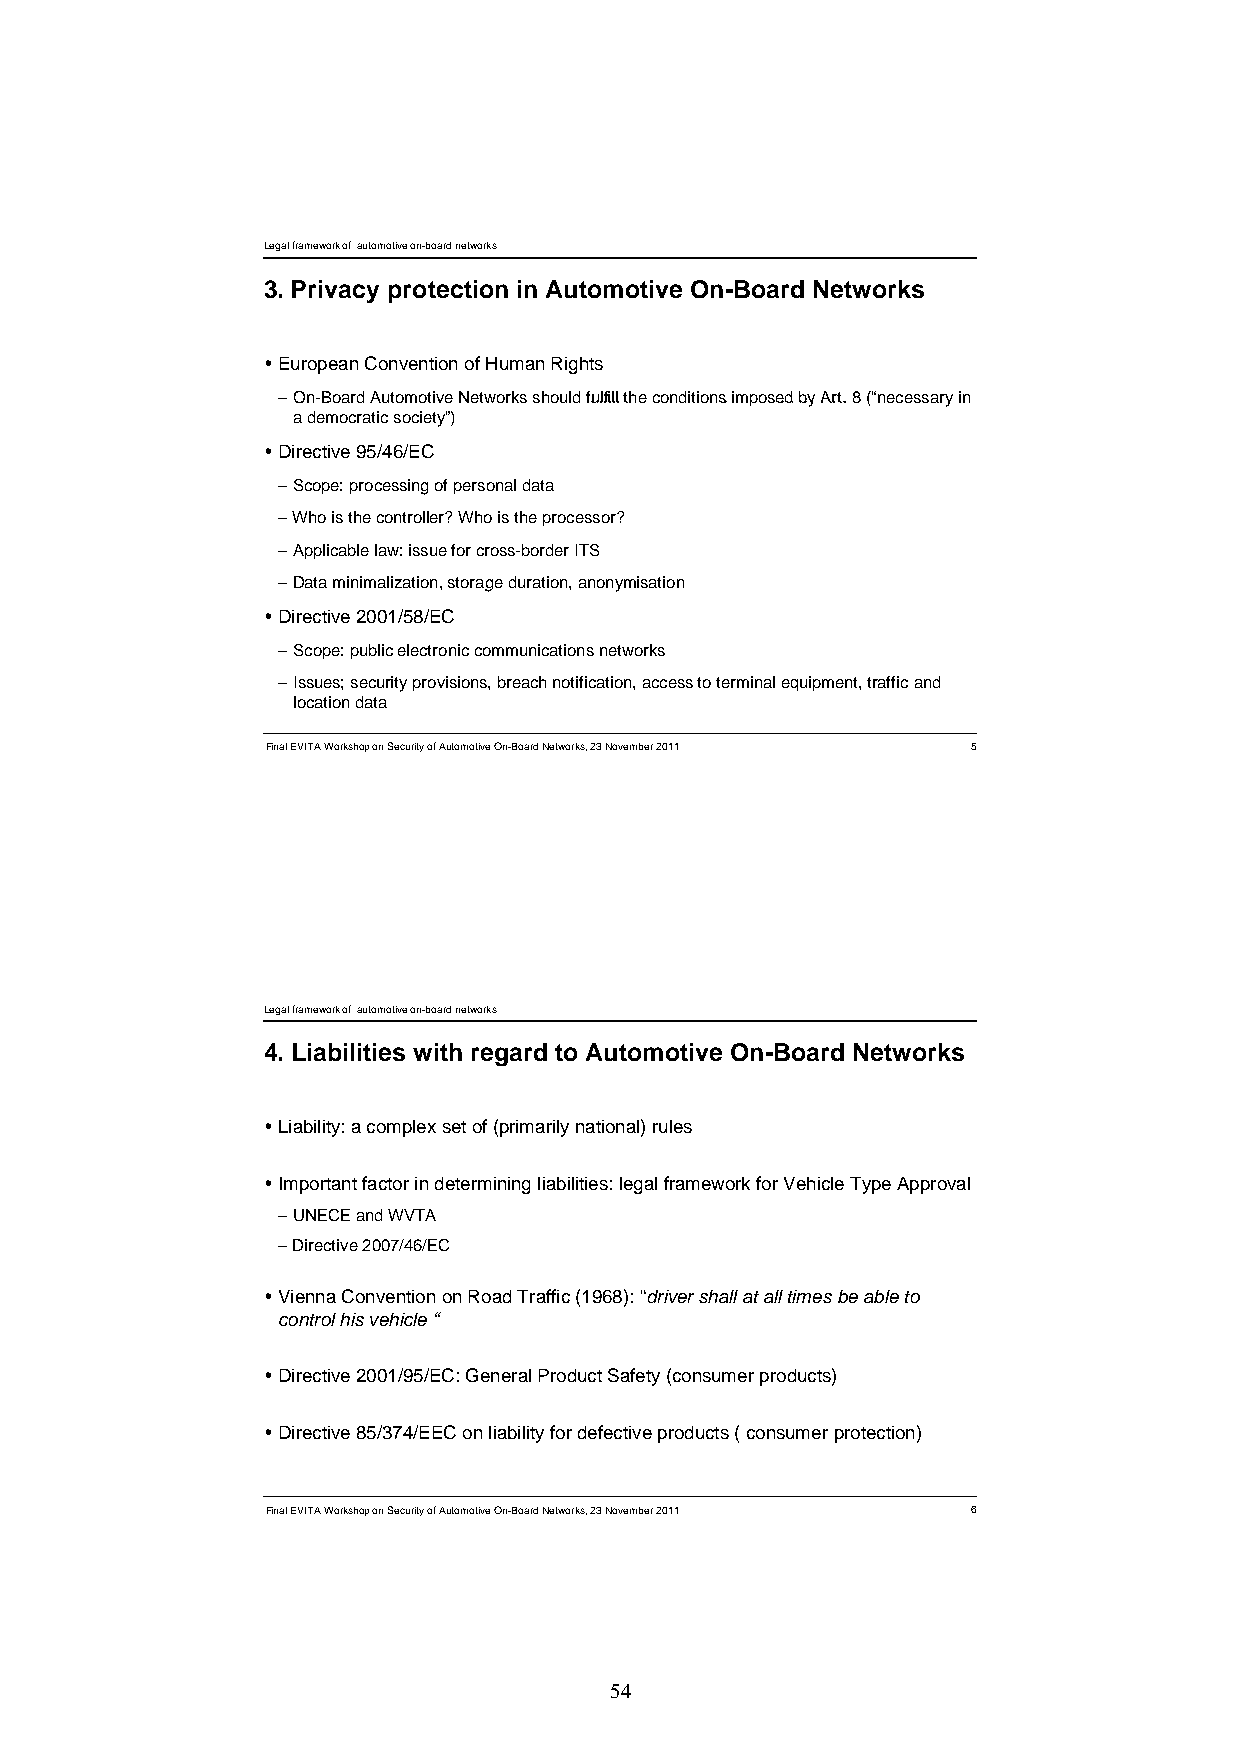
Legal framework of automotive on-board networks
 3. Privacy protection in Automotive On-Board Networks
 European Convention of Human Rights
 –OOnn-BBooaarrdd AAuuttoommoottiivvee NNeettwwoorrkkss sshhoouulldd ffuullffiillll tthhee ccoonnddiittiioonnss iimmppoosseedd bbyy AArrtt.. 88 ((“nneecceessssaarryy iinn
 a democratic society”)
 Directive 95/46/EC
 –Scope: processing of personal data
 –Who is the controller? Who is the processor?
 –Applicable law: issue for cross-border ITS
 –Data minimalization,, storagge duration,, anonyymisation
 Directive 2001/58/EC
 –Scope: public electronic communications networks
 –Issues; security provisions, breach notification, access to terminal equipment, traffic and
 location data
 Final EVITA Workshop on Security of Automotive On-Board Networks, 23 November 2011 5
 Legal framework of automotive on-board networks
 4. Liabilities with regard to Automotive On-Board Networks
 Liability: a complex set of (primarily national) rules
 Important factor in determining liabilities: legal framework for Vehicle Type Approval
 –UNECE and WVTA
 –Directive 2007/46/EC
 Vienna Convention on Road Traffic (1968): “driver shall at all times be able to
 control his vehicle “
 Directive 2001/95/EC: General Product Safety (consumer products)
 Directive 85/374/EEC on liability for defective products ( consumer protection)
 Final EVITA Workshop on Security of Automotive On-Board Networks, 23 November 2011 6
 54